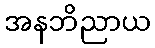
အနဘိညာယ